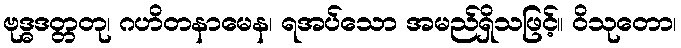
ဗုဒ္ဓဒတ္တတု၊ ဂဟိတနာမေန၊ ရအပ်သော အမည်ရှိသဖြင့်။ ဝိသုတော၊